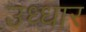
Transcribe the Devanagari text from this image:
उध्धार